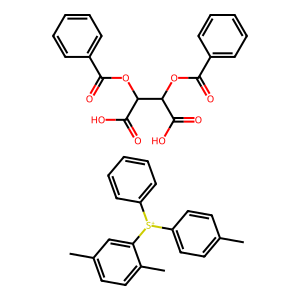
SMILES: Cc1ccc([S+](c2ccccc2)c2cc(C)ccc2C)cc1.O=C(OC(C(=O)O)C(OC(=O)c1ccccc1)C(=O)O)c1ccccc1
Inhibits HIV replication: No